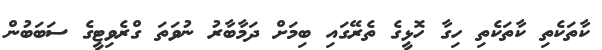
ކާތަކެތި ކާތަކެތި ހިގާ ހޮޅީގެ ތެރޭގައި ބިމަށް ދަމާބާރު ނުވަތަ ގްރެވިޓީގެ ސަބަބުން